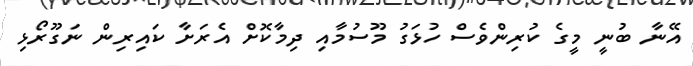
އޭނާ ބުނީ މީގެ ކުރިންވެސް ހުޅަގު މޫސުމާއި ދިމާކޮށް އެރަށާ ކައިރިން ނަގޫރޯޅި